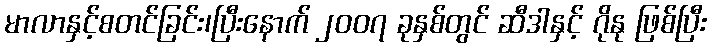
မာလာနှင့်စတင်ခြင်း၊ပြီးနောက် ၂၀၀၇ ခုနှစ်တွင် ဆီဒါနှင့် ဂိုနု ဖြစ်ပြီး